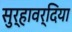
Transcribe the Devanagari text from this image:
सुर्‍हावर्दिया